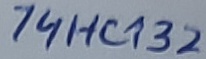
Text: 74HC132